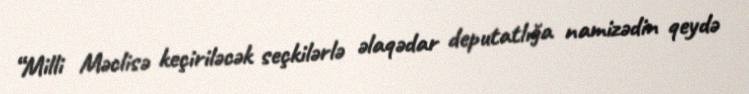
“Milli Məclisə keçiriləcək seçkilərlə əlaqədar deputatlığa namizədin qeydə